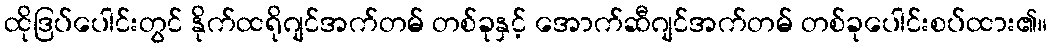
ထိုဒြပ်ပေါင်းတွင် နိုက်ထရိုဂျင်အက်တမ် တစ်ခုနှင့် အောက်ဆီဂျင်အက်တမ် တစ်ခုပေါင်းစပ်ထား၏။